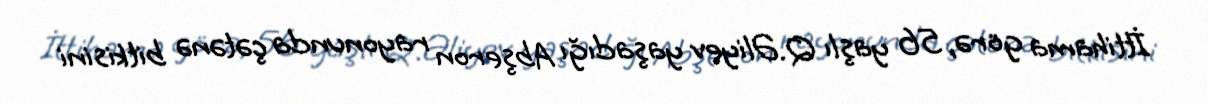
İttihama görə, 56 yaşlı Q.Əliyev yaşadığı Abşeron rayonunda çətənə bitkisini